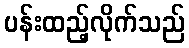
ပန်းထည့်လိုက်သည်